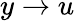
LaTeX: y\to u